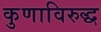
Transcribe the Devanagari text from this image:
कुणाविरुद्ध